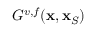
G ^ { v , f } ( { \bf x } , { \bf x } _ { S } )